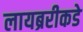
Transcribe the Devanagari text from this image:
लायब्ररीकडे